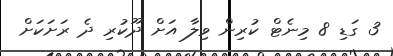
3 ގަޑި 8 މިނެޓް ކުރިން ވިލާ އަށް ދޫކުރި ދެ ރަށަކަށް